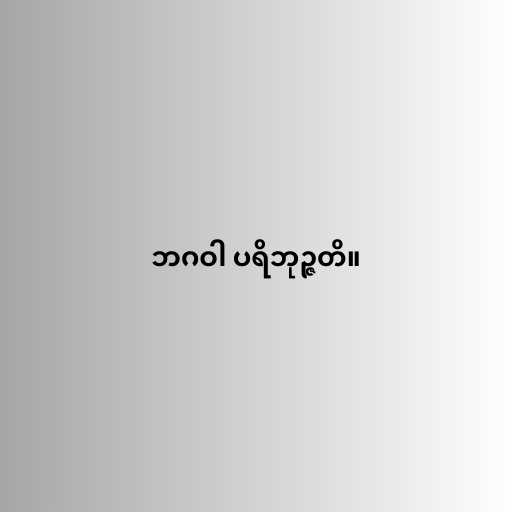
ဘဂဝါ ပရိဘုဉ္ဇတိ။